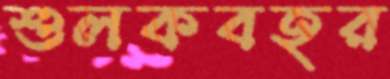
শুলকবহর